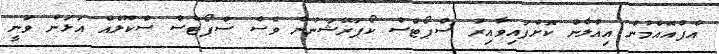
އެފްއޭއެމުން އިއުލާން ކޮށްފައިވާއިރު ސްޕޯޓްސް ކޯޕަރޭޝަނުން ވެސް ސްޕޯޓްސް ސްކޫލެއް އަޅަން ވަނީ